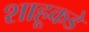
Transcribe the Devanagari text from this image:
शाहूकडे